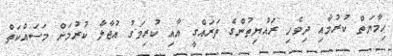
ހިމާޔަތް ކުރުމާއި ދިވެހި ރައްޔިތުންގެ ތަރައްގީ އާއި ކުރިމަގު އުޖާލާ ކުރުމަށް މަސައްކަތް